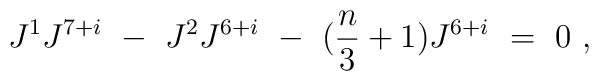
J^1 J^{7+i}\ -\ J^2 J^{6+i}\ -\ ({n \over 3}+1) J^{6+i}\ =\ 0\ ,